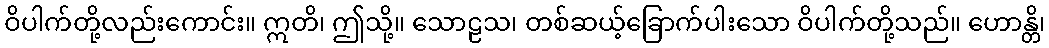
ဝိပါက်တို့လည်းကောင်း။ ဣတိ၊ ဤသို့။ သောဠသ၊ တစ်ဆယ့်ခြောက်ပါးသော ဝိပါက်တို့သည်။ ဟောန္တိ၊